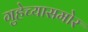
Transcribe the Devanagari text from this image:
गुहेच्यासमोर